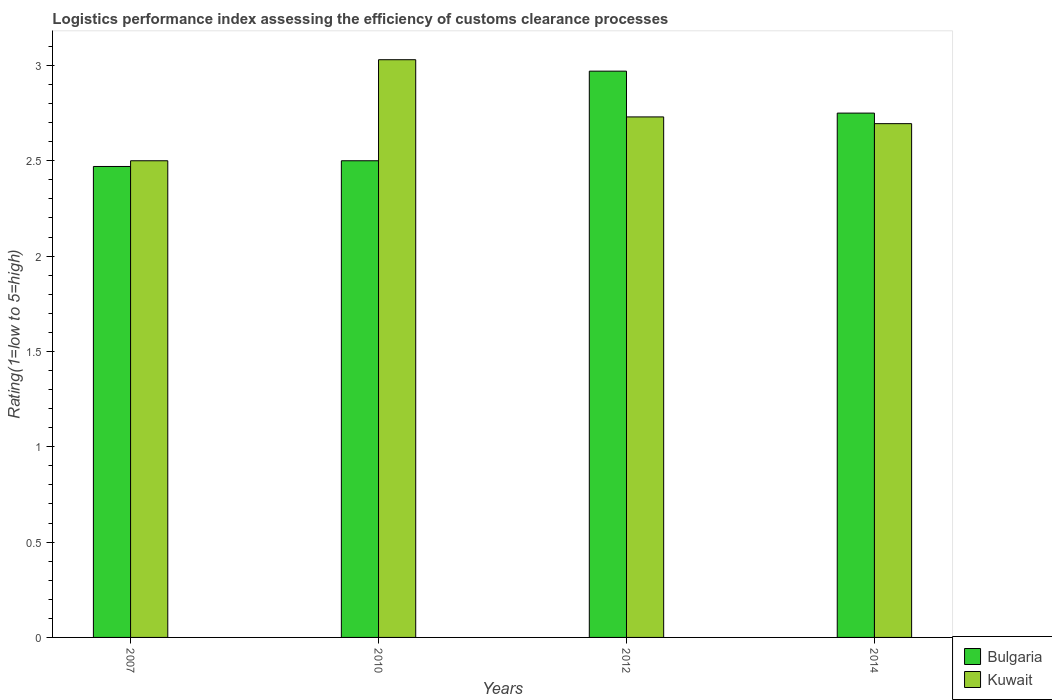
| Years | Bulgaria | Kuwait |
 | --- | --- | --- |
 | 2007 | 2.47 | 2.5 |
 | 2010 | 2.5 | 3.03 |
 | 2012 | 2.97 | 2.73 |
 | 2014 | 2.75 | 2.69 |